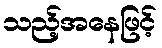
သည့်အနေဖြင့်